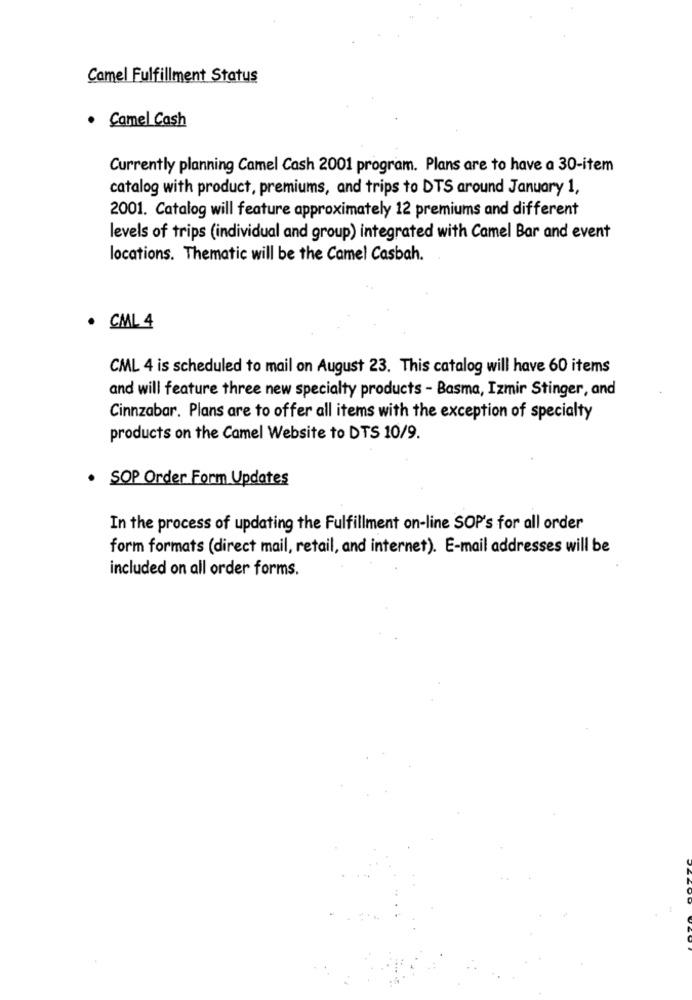
Camel Fulfillment Status
· Camel Cash
Currently planning Camel Cash 2001 program. Plans are to have a 30-item
catalog with product, premiums, and trips to DTS around January 1,
2001. Catalog will feature approximately 12 premiums and different
levels of trips (individual and group) integrated with Camel Bar and event
locations. Thematic will be the Camel Casbah.
· CML 4
CML 4 is scheduled to mail on August 23. This catalog will have 60 items
and will feature three new specialty products - Basma, Izmir Stinger, and
Cinnzabar. Plans are to offer all items with the exception of specialty
products on the Camel Website to DTS 10/9.
· SOP Order Form Updates
In the process of updating the Fulfillment on-line SOP's for all order
form formats (direct mail, retail, and internet). E-mail addresses will be
included on all order forms.